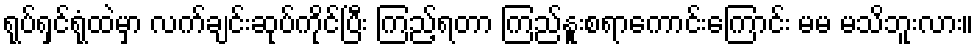
ရုပ်ရှင်ရုံထဲမှာ လက်ချင်းဆုပ်ကိုင်ပြီး ကြည့်ရတာ ကြည်နူးစရာကောင်းကြောင်း မမ မသိဘူးလား။